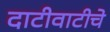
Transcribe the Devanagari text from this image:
दाटीवाटीचे